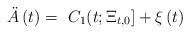
LaTeX: \begin{align*}\ddot A\left( t\right) =\,\,C_1(t;\Xi _{t,0}]+\xi \left(t\right)\end{align*}